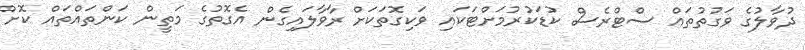
ދުވާލުގެ ވަގުތުތައް ސްޓްރެސް ކުޑަކުރުމަށްޓަކައި ވަކިގޮތަކަށް ރާވާލައިގެން އެގޮތުގެ މަތީން ކަންތައްތައް ކޮށް